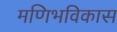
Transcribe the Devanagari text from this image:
मणिभविकास